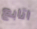
اتابع